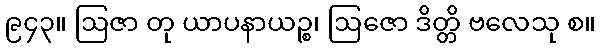
၉၄၃။ ဩဇာ တု ယာပနာယဉ္စ၊ ဩဇော ဒိတ္တိ ဗလေသု စ။